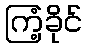
ကြံ့ခိုင်